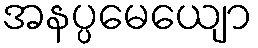
အနပ္ပမေယျော